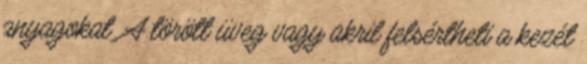
anyagokat. A törött üveg vagy akril felsértheti a kezét